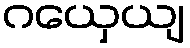
ဂယှေယျ